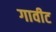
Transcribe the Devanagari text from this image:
गावीट